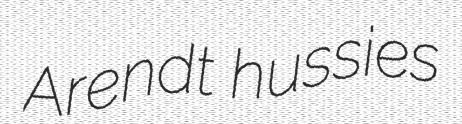
Arendt hussies